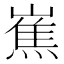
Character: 嶣